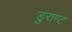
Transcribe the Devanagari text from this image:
डुराण्ट